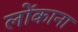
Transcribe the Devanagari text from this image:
लोंकाना